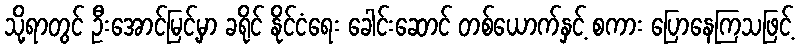
သို့ရာတွင် ဦးအောင်မြင့်မှာ ခရိုင် နိုင်ငံရေး ခေါင်းဆောင် တစ်ယောက်နှင့် စကား ပြောနေကြသဖြင့်